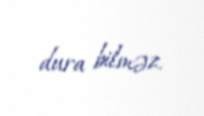
dura bilməz.